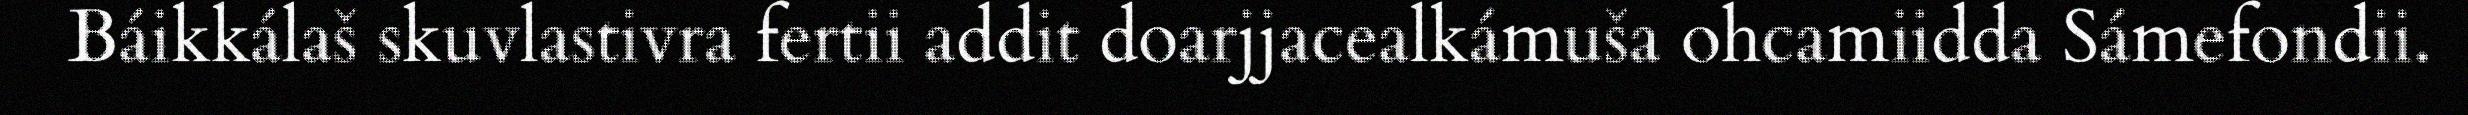
Báikkálaš skuvlastivra fertii addit doarjjacealkámuša ohcamiidda Sámefondii.